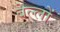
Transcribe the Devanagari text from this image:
बेल्लों